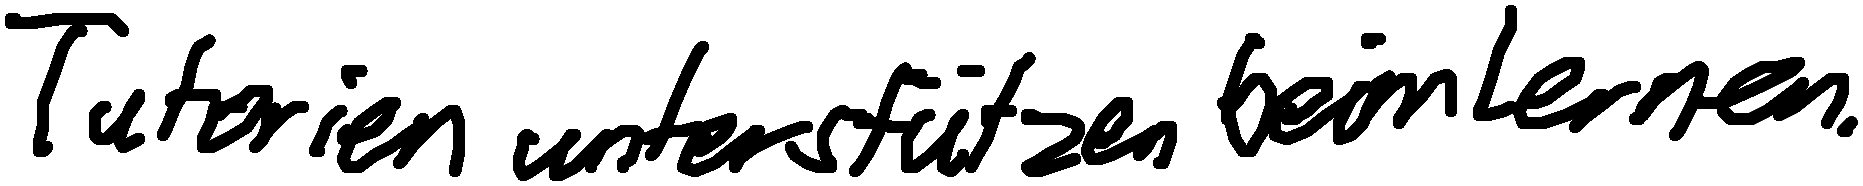
Tutorien unterstützen beim Lernen.